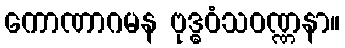
ကောဏာဂမန ဗုဒ္ဓဝံသဝဏ္ဏနာ။